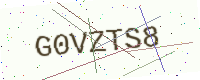
Text: G0VZTS8